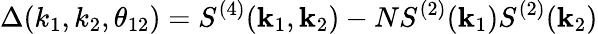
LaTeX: \Delta(k_{1},k_{2},\theta_{12})=S^{(4)}(\textbf{k}_{1},\textbf{k}_{2})-NS^{(2)}(\textbf{k}_{1})S^{(2)}(\textbf{k}_{2})